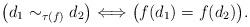
LaTeX: \begin{align*} \bigl(d_1 \sim_{\tau(f)} d_2\bigr) \Longleftrightarrow \bigl(f(d_1) = f(d_2)\bigr). \end{align*}